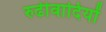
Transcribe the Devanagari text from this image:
रुढीवादियों